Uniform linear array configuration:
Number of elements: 48
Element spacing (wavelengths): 1
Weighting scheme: hann
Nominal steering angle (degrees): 45
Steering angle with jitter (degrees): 46.482
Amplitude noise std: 0.05
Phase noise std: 0.05

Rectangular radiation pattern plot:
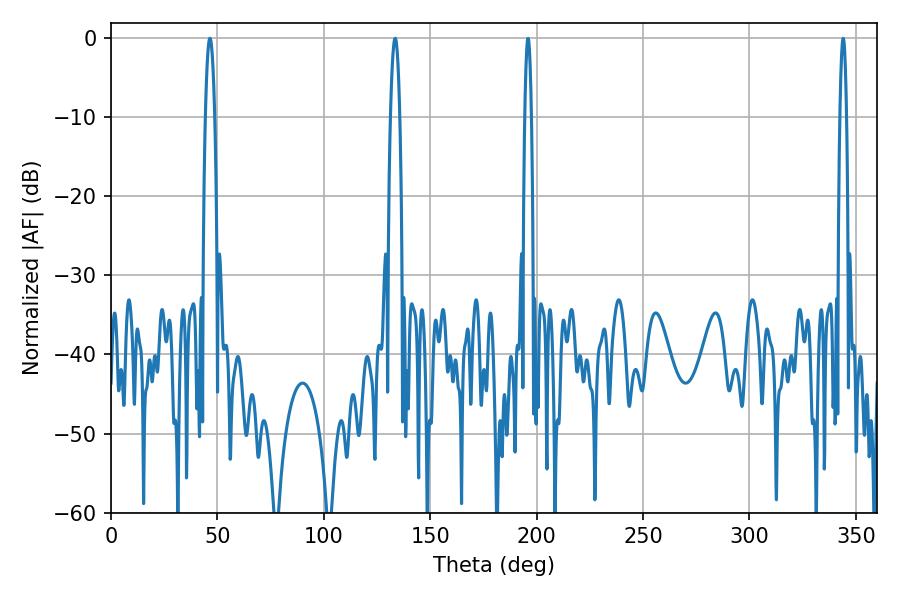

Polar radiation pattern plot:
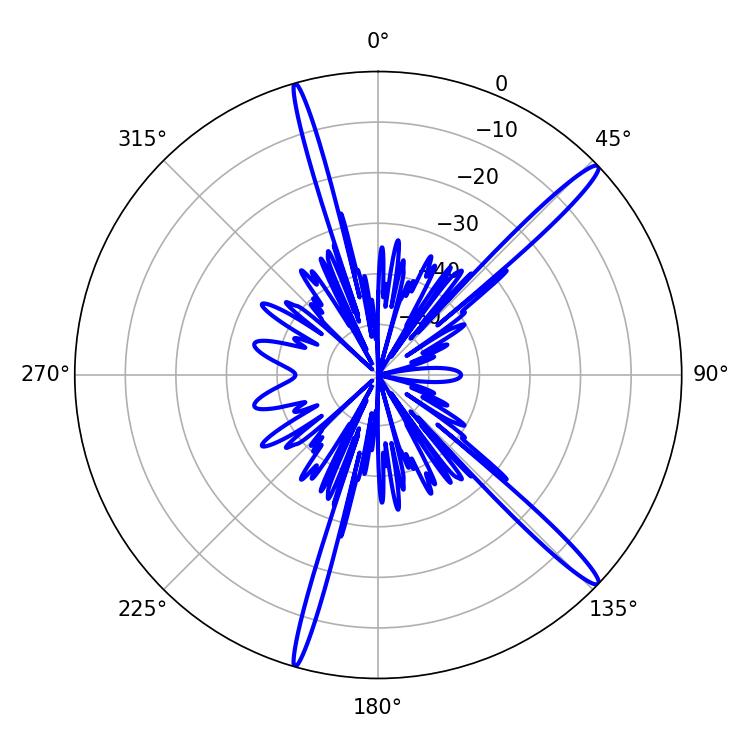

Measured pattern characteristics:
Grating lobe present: TRUE
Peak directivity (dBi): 16.138
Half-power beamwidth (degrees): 2.34
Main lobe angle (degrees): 46.44